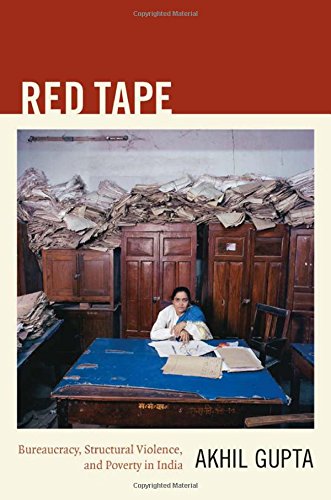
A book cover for Red Tape: Bureaucracy, Structural Violence, and Poverty in India (a John Hope Franklin Center Book); Akhil Gupta; History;